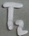
Text: T2